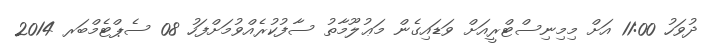
ދުވަހު 11:00 އަށް މިމިނިސްޓްރީއަށް ވަޑައިގެން މަޢުލޫމާތު ސާފުކުރެއްވުމަށްފަހު 08 ސެޕްޓެމްބަރ 2014